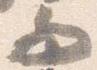
而